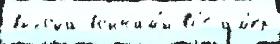
вы́хода во́инам'и вс'е ам'ер